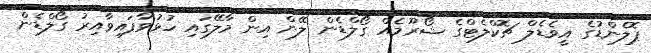
ޕޮލެންޑުގެ އީވެޑެލް ޗޮކްލެޓްގެ ޝޯރޫމެއް ގޯލްޑެން ލޭން އިން މާލޭގައި ހުޅުވާފައިވާއިރު ގޯލްޑެން